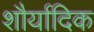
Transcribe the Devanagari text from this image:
शौर्यादिक